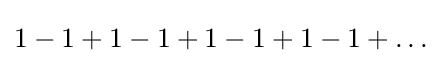
1-1+1-1+1-1+1-1+\ldots